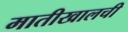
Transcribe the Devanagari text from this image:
मातीखालची